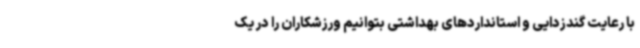
با رعایت گندزدایی و استانداردهای بهداشتی بتوانیم ورزشکاران را در یک